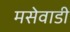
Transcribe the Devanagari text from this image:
मसेवाडी